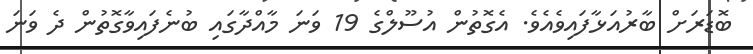
ބޮޑަރަށް ބާރުއަޅާފައިވެއެވެ. އެގޮތުން އުސޫލްގެ 19 ވަނަ މާއްދާގައި ބުނެފައިވާގޮތުން ދެ ވަނަ